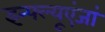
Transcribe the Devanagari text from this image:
इन्फ्ल्यूएंजां